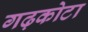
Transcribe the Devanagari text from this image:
गढ़कोटा